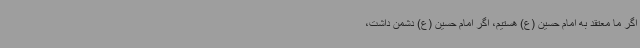
اگر ما معتقد به امام حسین (ع) هستیم، اگر امام حسین (ع) دشمن داشت،